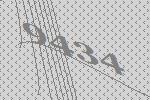
9434